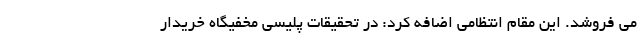
می فروشد. این مقام انتظامی اضافه کرد: در تحقیقات پلیسی مخفیگاه خریدار